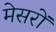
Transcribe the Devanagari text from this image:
मेसरों